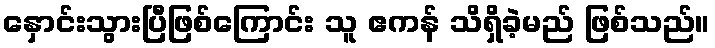
နှောင်းသွားပြီဖြစ်ကြောင်း သူ ဧကန် သိရှိခဲ့မည် ဖြစ်သည်။